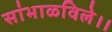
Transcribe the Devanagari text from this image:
सांभाळविले।।